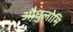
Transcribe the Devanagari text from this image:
औधुलोमि